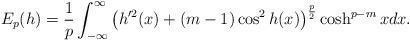
LaTeX: \begin{align*}E_p(h)=\frac{1}{p}\int_{-\infty}^{\infty}\big(h'^2(x)+(m-1)\cos^2h(x)\big)^\frac{p}{2}\cosh^{p-m}xdx.\end{align*}